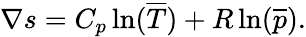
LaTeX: \nabla s=C_{p}\ln({\overline{{T}}})+R\ln({\overline{{p}}}).